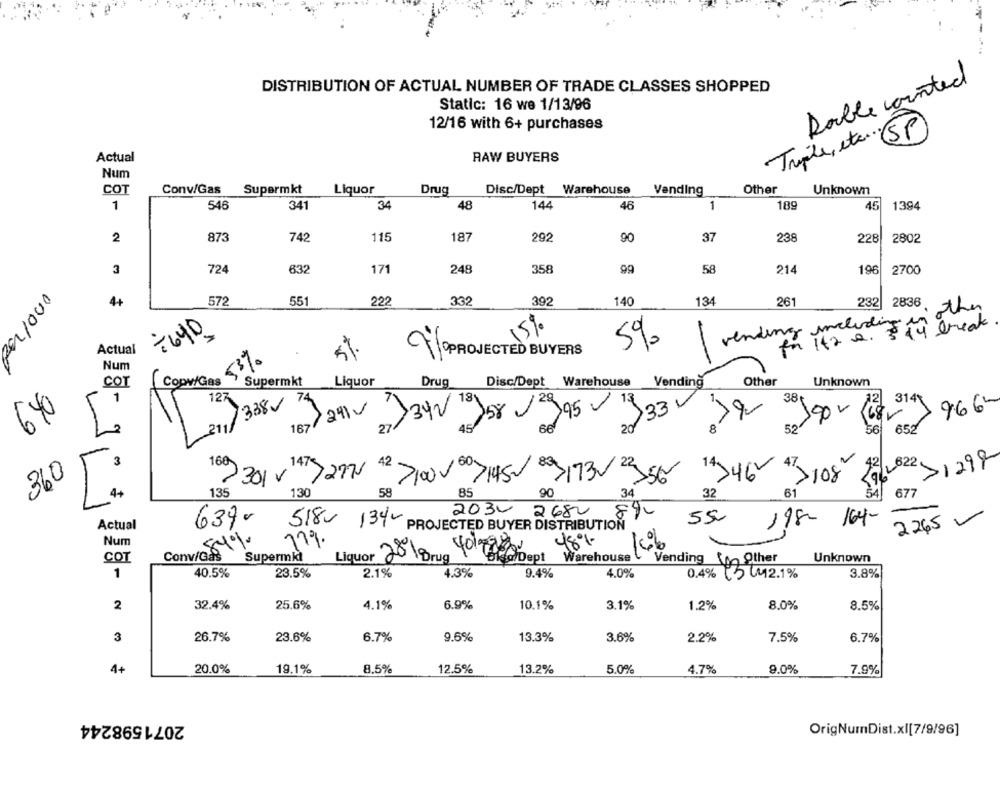
Double counted
DISTRIBUTION OF ACTUAL NUMBER OF TRADE CLASSES SHOPPED
Static: 16 we 1/13/96
12/16 with 6+ purchases
Triple, etc.(SP)
Actual
RAW BUYERS
Num
COT
Conv/Gas Supermkt
Liquor
Drug
Disc/Dept Warehouse
Vending
Other
Unknown
1
546
341
34
48
144
46
1
189
45
1394
87
742
115
187
292
90
37
238
228
2
2802
724
632
171
248
358
214
196
2700
3
58
4+
572
551
222
332
392
140
134
261
232
2836
the
15%
vending including to break
000/200
5%
Actual
9%PROJECTED BUYERS
53%
Num
Copy/Gas
Vending
cor
Supermkt
Liquor
Drug
Disc/Dept Warehouse
Other
Unknown
127
338
>33V
38
74
29/v
3342 181
13
966"
640
Jor 129,95
21
167
27
20
8
52
652
56
42
2 622
>1298
3
7301 0}
>217
80 3/13/22
14 34
360
1000
7145-
108
58
51
4+
135
130
85
90
34
32
B1
677
2030
2680
639-
518-
55
198-
164-
2265 -
Actual
134 PROJECTED BUYER DISTRIBUTION
Num
Conv/51
11%.
4019980
48%
166
COT
Gås Supermk
Liquor
28%Drug
Biso Dept
Warehouse
Vending
In other
Unknown
1
40.5%
23.5%
2.1%
4.3%
9.4%
4.0%
0.4% 5 2.1%
3.8%
2
32.4%
25.6%
4.1%
6.9%
10.1%
3.1%
1.2%
8.0%
8.5%
3
26.7%
23.6%
6.7%
9.6%
13.3%
3.6%
2.2%
7.5%
6.7%
4+
20.0%
19.1%
8.5%
12.5%
13.2%
5.0%
4.7%
9.0%
7.9%
2071598244
OrigNumDist.xI[7/9/96]